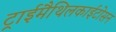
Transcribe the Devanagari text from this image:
ट्राईमैथिलकाईटोसन